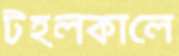
টহলকালে